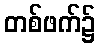
တစ်ဖက်၌